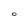
Character: O